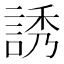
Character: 誘